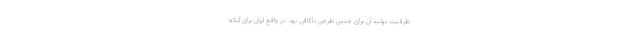
ظرفیت تولید آن برای چنین طرحی ناکافی بود. در واقع ایران برای آنکه